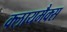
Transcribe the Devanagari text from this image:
क्लायमैक्स